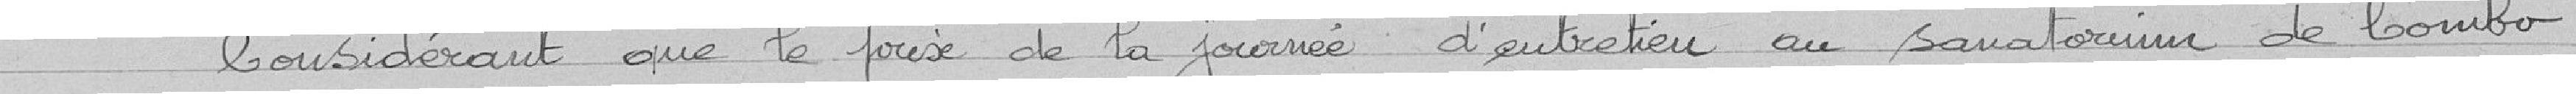
Considérant que le prix de la journée d'entretien au sanatorium de Cambo-